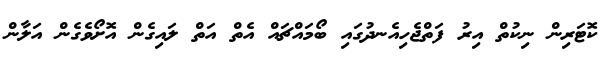
ކޮޓަރިން ނިކުތް އިރު ފަތްޖެހިއެނދުގައި ބޯމައްޗައް އެތް އަތް ލައިގެން އޮށޯވެގެން އަލާން